Vaccination in the Punjab 1905-1918 - 1905-1918
Year: 1905
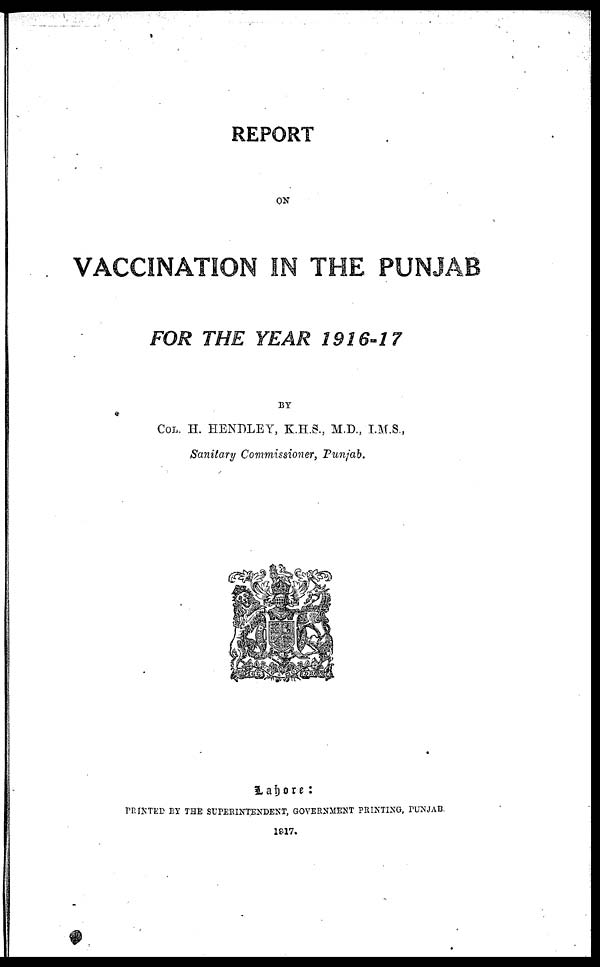
REPORT
ON
VACCINATION IN THE PUNJAB
FOR THE YEAR 1916-17
BY
COL. H. HENDLEY, K.H.S., M.D., I.M.S.,
Sanitary Commissioner, Punjab.
Lahore:
PRINTED BY THE SUPERINTENDENT, GOVERNMENT PRINTING, PUNJAB.
1817.